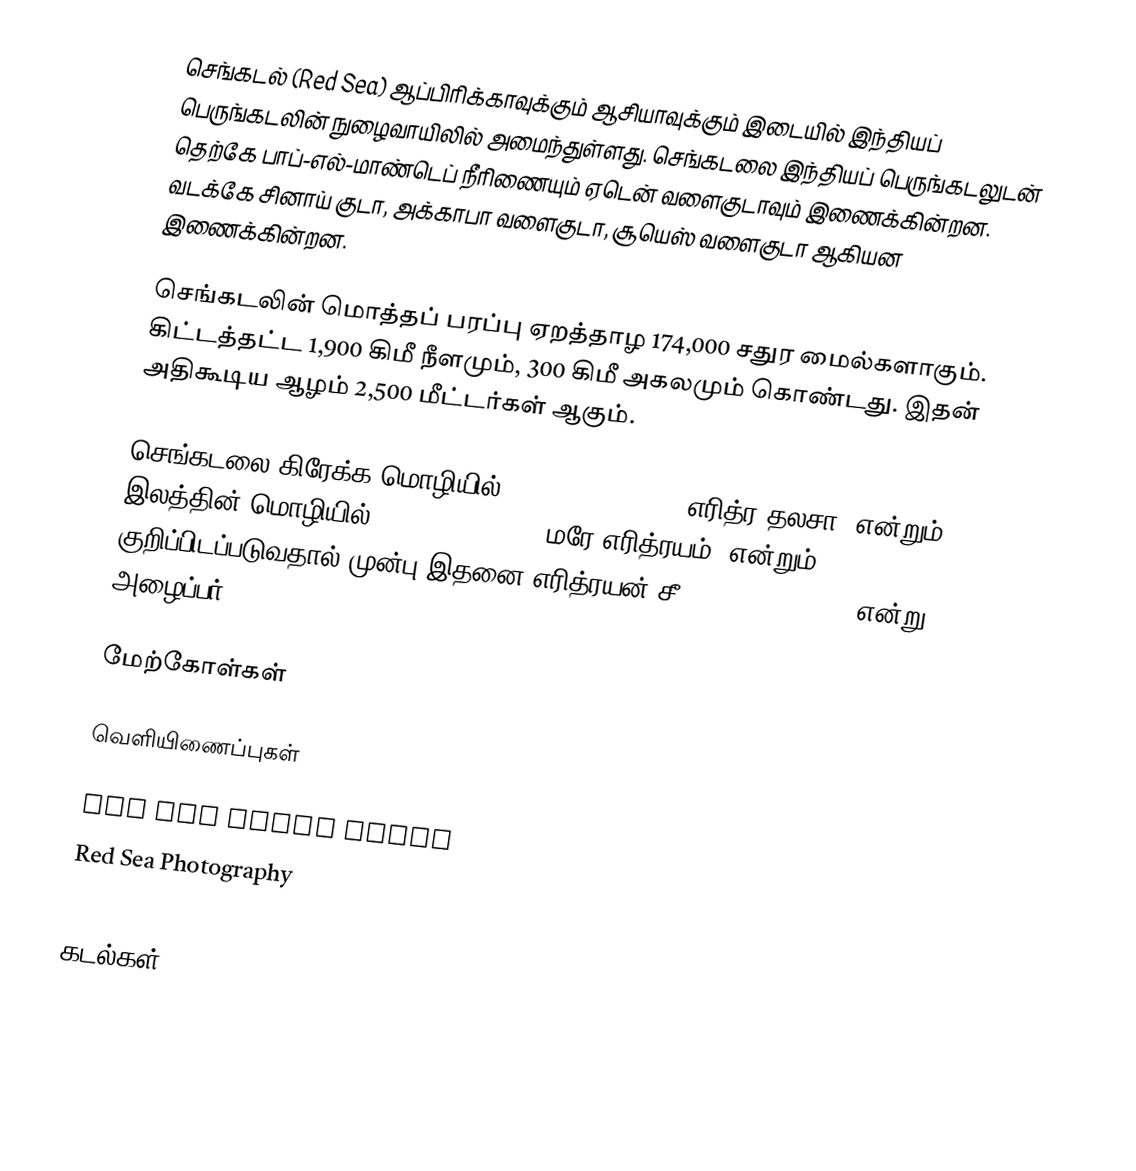
செங்கடல் (Red Sea) ஆப்பிரிக்காவுக்கும் ஆசியாவுக்கும் இடையில் இந்தியப் பெருங்கடலின் நுழைவாயிலில் அமைந்துள்ளது. செங்கடலை இந்தியப் பெருங்கடலுடன் தெற்கே பாப்-எல்-மாண்டெப் நீரிணையும் ஏடென் வளைகுடாவும் இணைக்கின்றன. வடக்கே சினாய் குடா, அக்காபா வளைகுடா, சூயெஸ் வளைகுடா ஆகியன இணைக்கின்றன.

செங்கடலின் மொத்தப் பரப்பு ஏறத்தாழ 174,000 சதுர மைல்களாகும். கிட்டத்தட்ட 1,900 கிமீ நீளமும், 300 கிமீ அகலமும் கொண்டது. இதன் அதிகூடிய ஆழம் 2,500 மீட்டர்கள் ஆகும்.

செங்கடலை கிரேக்க மொழியில் Erythra thalassa (எரித்ர தலசா) என்றும், இலத்தின் மொழியில் Mare Erythraeum (மரே எரித்ரயம்) என்றும் குறிப்பிடப்படுவதால் முன்பு இதனை எரித்ரயன் சீ (Erithreyan sea) என்று அழைப்பர்.

மேற்கோள்கள்

வெளியிணைப்புகள்

 Red Sea Coral Reefs
 Red Sea Photography

கடல்கள்